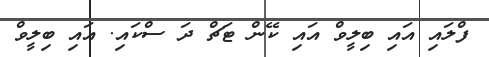
ފްލައި އައި ބިލީވް އައި ކޭން ޓަޗް ދަ ސްކައި. އައި ބިލީވް